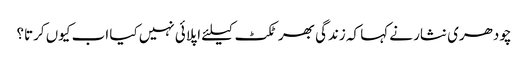
چودھری نثار نے کہا کہ زندگی بھر ٹکٹ کیلئے اپلائی نہیں کیا اب کیوں کرتا؟